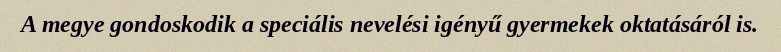
A megye gondoskodik a speciális nevelési igényű gyermekek oktatásáról is.